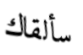
سألقاك